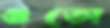
গুতো